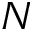
N